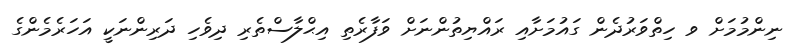
ނިންމުމަށް ވ ހިތްވަރުދެން ގައުމަށާއި ރައްޔިތުންނަށް ވަފާރެތި އިޙްލާސްތެރި ދިވެހި ދަރިންނަކީ އަހަރެމެންގެ